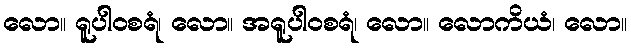
လော။ ရူပါဝစရံ၊ လော။ အရူပါဝစရံ၊ လော။ လောကိယံ၊ လော။